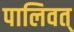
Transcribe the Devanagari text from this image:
पालिवत्‌